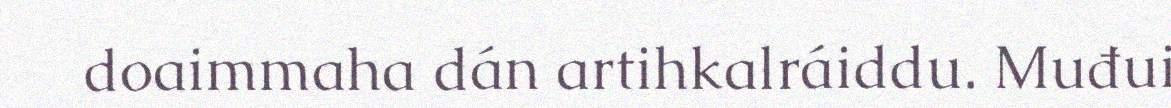
doaimmaha dán artihkalráiddu. Muđui